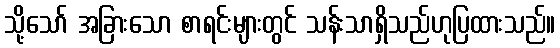
သို့သော် အခြားသော စာရင်းများတွင် သန်းသာရှိသည်ဟုပြထားသည်။